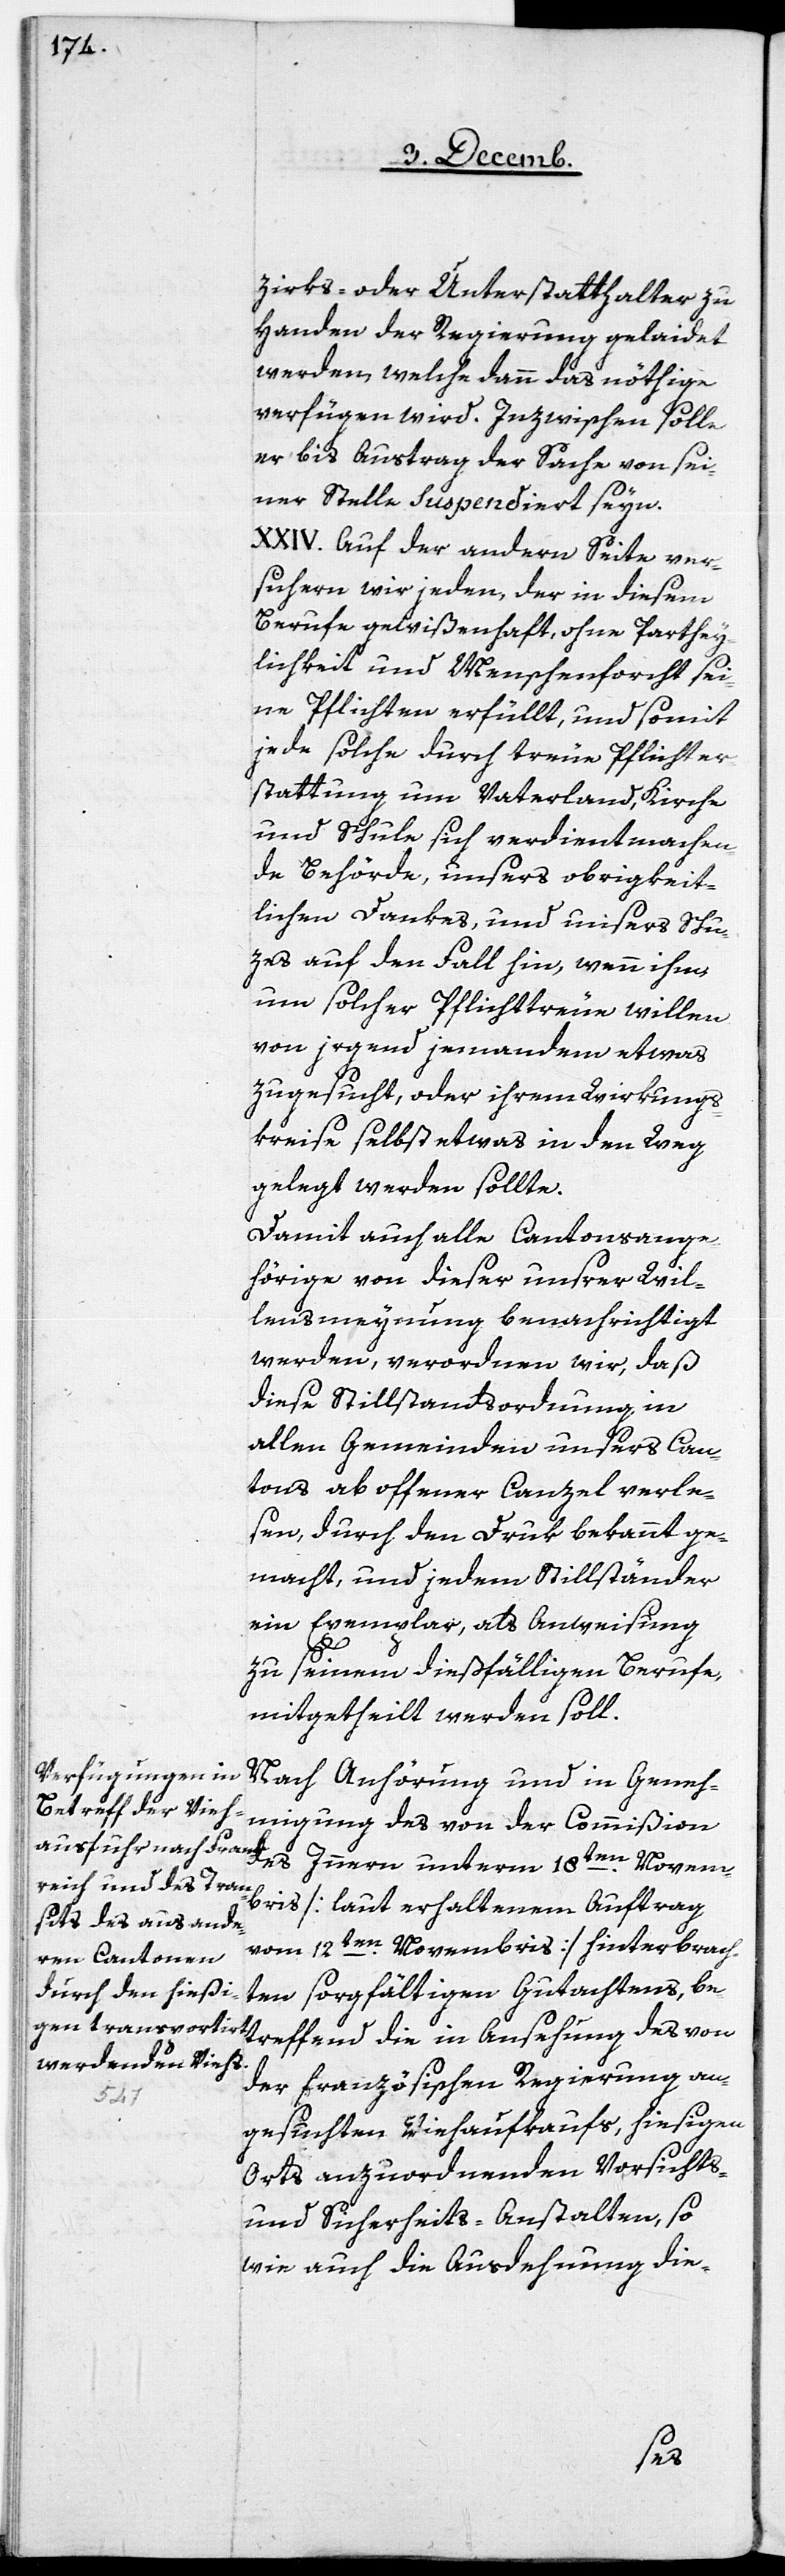
zirks- oder Unterstatthalter zu
Handen der Regierung gelaidet
werden, welche dann das nöthige
verfügen wird. Inzwischen solle
er bis Austrag der Sache von sei¬
ner Stelle suspendiert seyn.
XXIV. Auf der andern Seite ver¬
sichern wir jeden, der in diesem
Berufe gewißenhaft, ohne Parthey¬
lichkeit und Menschenforcht sei¬
ne Pflichten erfüllt, und somit
jede solche durch treue Pflichter¬
stattung um Vaterland, Kirche
und Schule sich verdient machen¬
de Behörde, unsers obrigkeit¬
lichen Dankes, und unsers Schu¬
zes auf den Fall hin, wenn ihm
um solcher Pflichttreue willen
von irgend jemandem etwas
zugesucht, oder ihrem Wirkungs¬
kreise selbst etwas in den Weg
gelegt werden sollte.
Damit auch alle Cantonsange¬
hörige von dieser unserer Wil¬
lensmeynung benachrichtigt
werden, verordnen wir, daß
diese Stillstandsordnung in
allen Gemeinden unsers Can¬
tons ab offener Canzel verle¬
sen, durch den Druk bekannt ge¬
macht, und jedem Stillständer
ein Exemplar, als Anweisung
von
zu seinem dießfälligen Berufe,
mitgetheilt werden soll.
Nach Anhörung und in Geneh¬
migung des von der Commißion
mbris [laut erhaltenem Auftrag
vom 12ten. Novembris] hinterbrach¬
ten sorgfältigen Gutachtens, be¬
der französischen Regierung an¬
18ten.
gesuchten Viehaufkaufs, hiesigen
Orts anzuordnenden Vorsichts-
und Sicherheits-Anstalten, so
wie auch die Ausdehnung die-